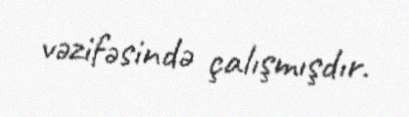
vəzifəsində çalışmışdır.